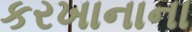
કરખાનાના